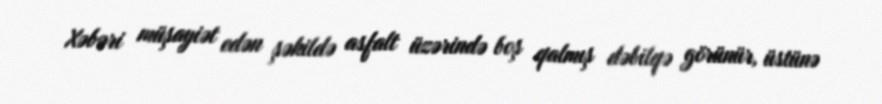
Xəbəri müşayiət edən şəkildə asfalt üzərində boş qalmış dəbilqə görünür, üstünə